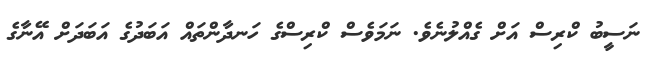
ނަސީބު ކްރިސް އަށް ގެއްލުނެވެ. ނަމަވެސް ކްރިސްގެ ހަނދާންތައް އަބަދުގެ އަބަދަށް އޭނާގެ